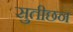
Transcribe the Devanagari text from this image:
सुतीछन